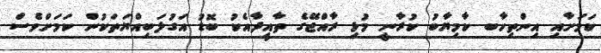
ކަމަށާއި އިންތިހާބ ކާމިޔާބު ކުރާނީ މުޅި ރާއްޖޭގެ ތާއީދާއެކު ބޮޑު އަގުލަބިއްޔަތަކުން ކަމަށްވެސް